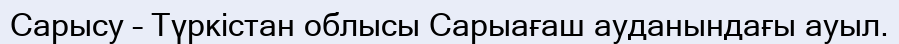
Сарысу – Түркістан облысы Сарыағаш ауданындағы ауыл.